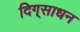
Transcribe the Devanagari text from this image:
दिग्‌साधन